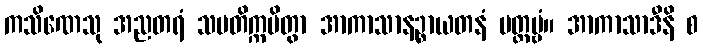
ကသိဏေသု အညတရံ သမတိက္ကမိတွာ အာကာသာနဉ္စာယတနံ ပတ္တဗ္ဗံ။ အာကာသာဒီနိ စ